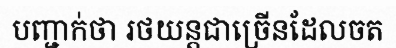
បញ្ជាក់ថា រថយន្តជាច្រើនដែលចត